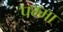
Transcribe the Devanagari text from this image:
पम्मा